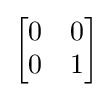
{\begin{bmatrix}0&0\\0&1\end{bmatrix}}